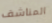
المناشف